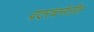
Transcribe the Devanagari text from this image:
पदरचनेतील